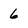
Character: 6